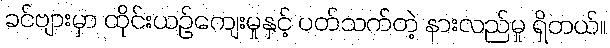
ခင်ဗျားမှာ ထိုင်းယဉ်ကျေးမှုနှင့် ပတ်သက်တဲ့ နားလည်မှု ရှိတယ်။